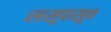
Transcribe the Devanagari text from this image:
सासूपासून